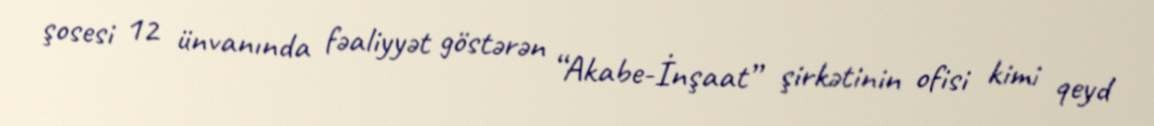
şosesi 12 ünvanında fəaliyyət göstərən “Akabe-İnşaat” şirkətinin ofisi kimi qeyd